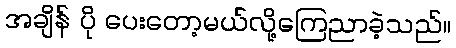
အချိန် ပို ပေးတော့မယ်လို့ကြေညာခဲ့သည်။